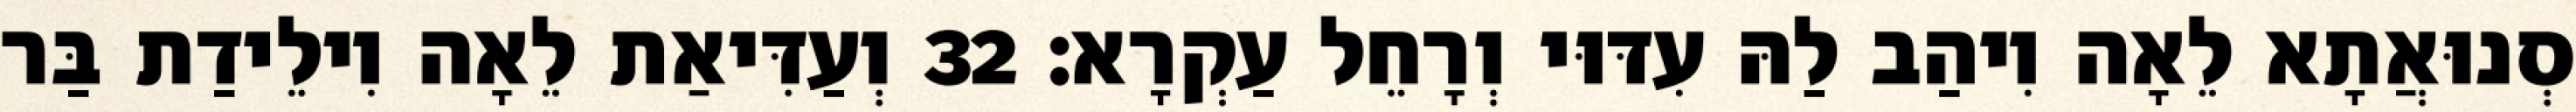
סְנוּאֲתָא לֵאָה וִיהַב לַהּ עִדּוּי וְרָחֵל עַקְרָא׃ 32 וְעַדִּיאַת לֵאָה וִילֵידַת בַּר